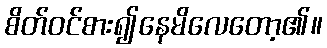
စိတ်ဝင်စား၍နေမိလေတော့၏။